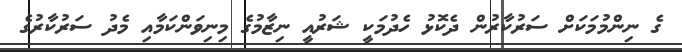
ގެ ނިންމުމަކަށް ސަރުކާރުން ދެކޮޅު ހެދުމަކީ ޝަރުއީ ނިޒާމުގެ މިނިވަންކަމާއި މެދު ސަރުކާރުގެ